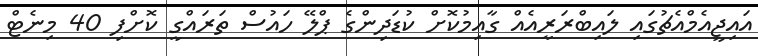
އައިޖީއެމްއެޗުގައި ލައިބްރަރީއެއް ގާއިމުކޮށް ކުޑަދިންގެ ޕްލޭ ހައުސް ތަރައްގީ ކޮށްފި 40 މިނެޓް